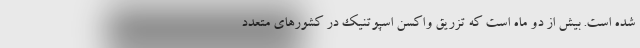
شده است. بیش از دو ماه است که تزریق واکسن اسپوتنیک در کشورهای متعدد